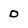
Character: 0